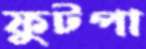
ফুটপা